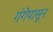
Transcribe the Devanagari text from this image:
गंगेपासून